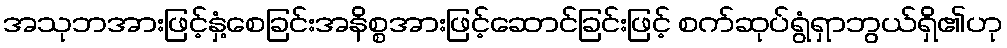
အသုဘအားဖြင့်နှံ့စေခြင်းအနိစ္စအားဖြင့်ဆောင်ခြင်းဖြင့် စက်ဆုပ်ရွံရှာဘွယ်ရှိ၏ဟု